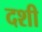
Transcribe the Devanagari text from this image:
दशी